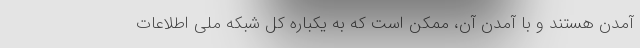
آمدن هستند و با آمدن آن، ممکن است که به یکباره کل شبکه ملی اطلاعات